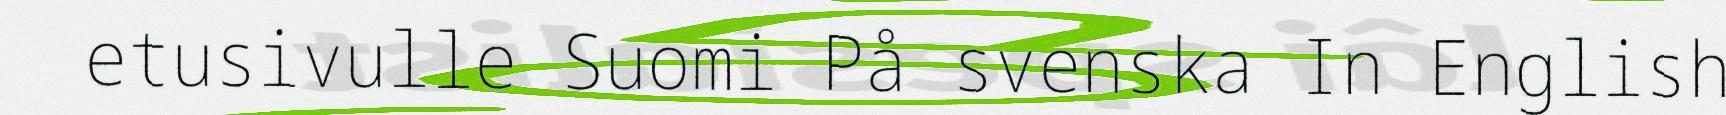
etusivulle Suomi På svenska In English